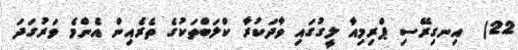
22)  އިނގިރޭސި ޕްރިމިއާ ލީގުގައި ވާދަކުރާ ކްލަބްތަކުގެ ތެރެއިން އެންމެ ވަރުގަދަ